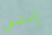
إستمعي